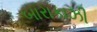
બારાકાઝી